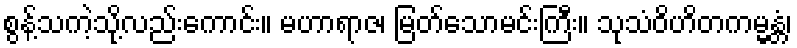
စွန့်သကဲ့သို့လည်းကောင်း။ မဟာရာဇ၊ မြတ်သောမင်းကြီး။ သုသံဝိဟိတကမ္မန္တံ၊